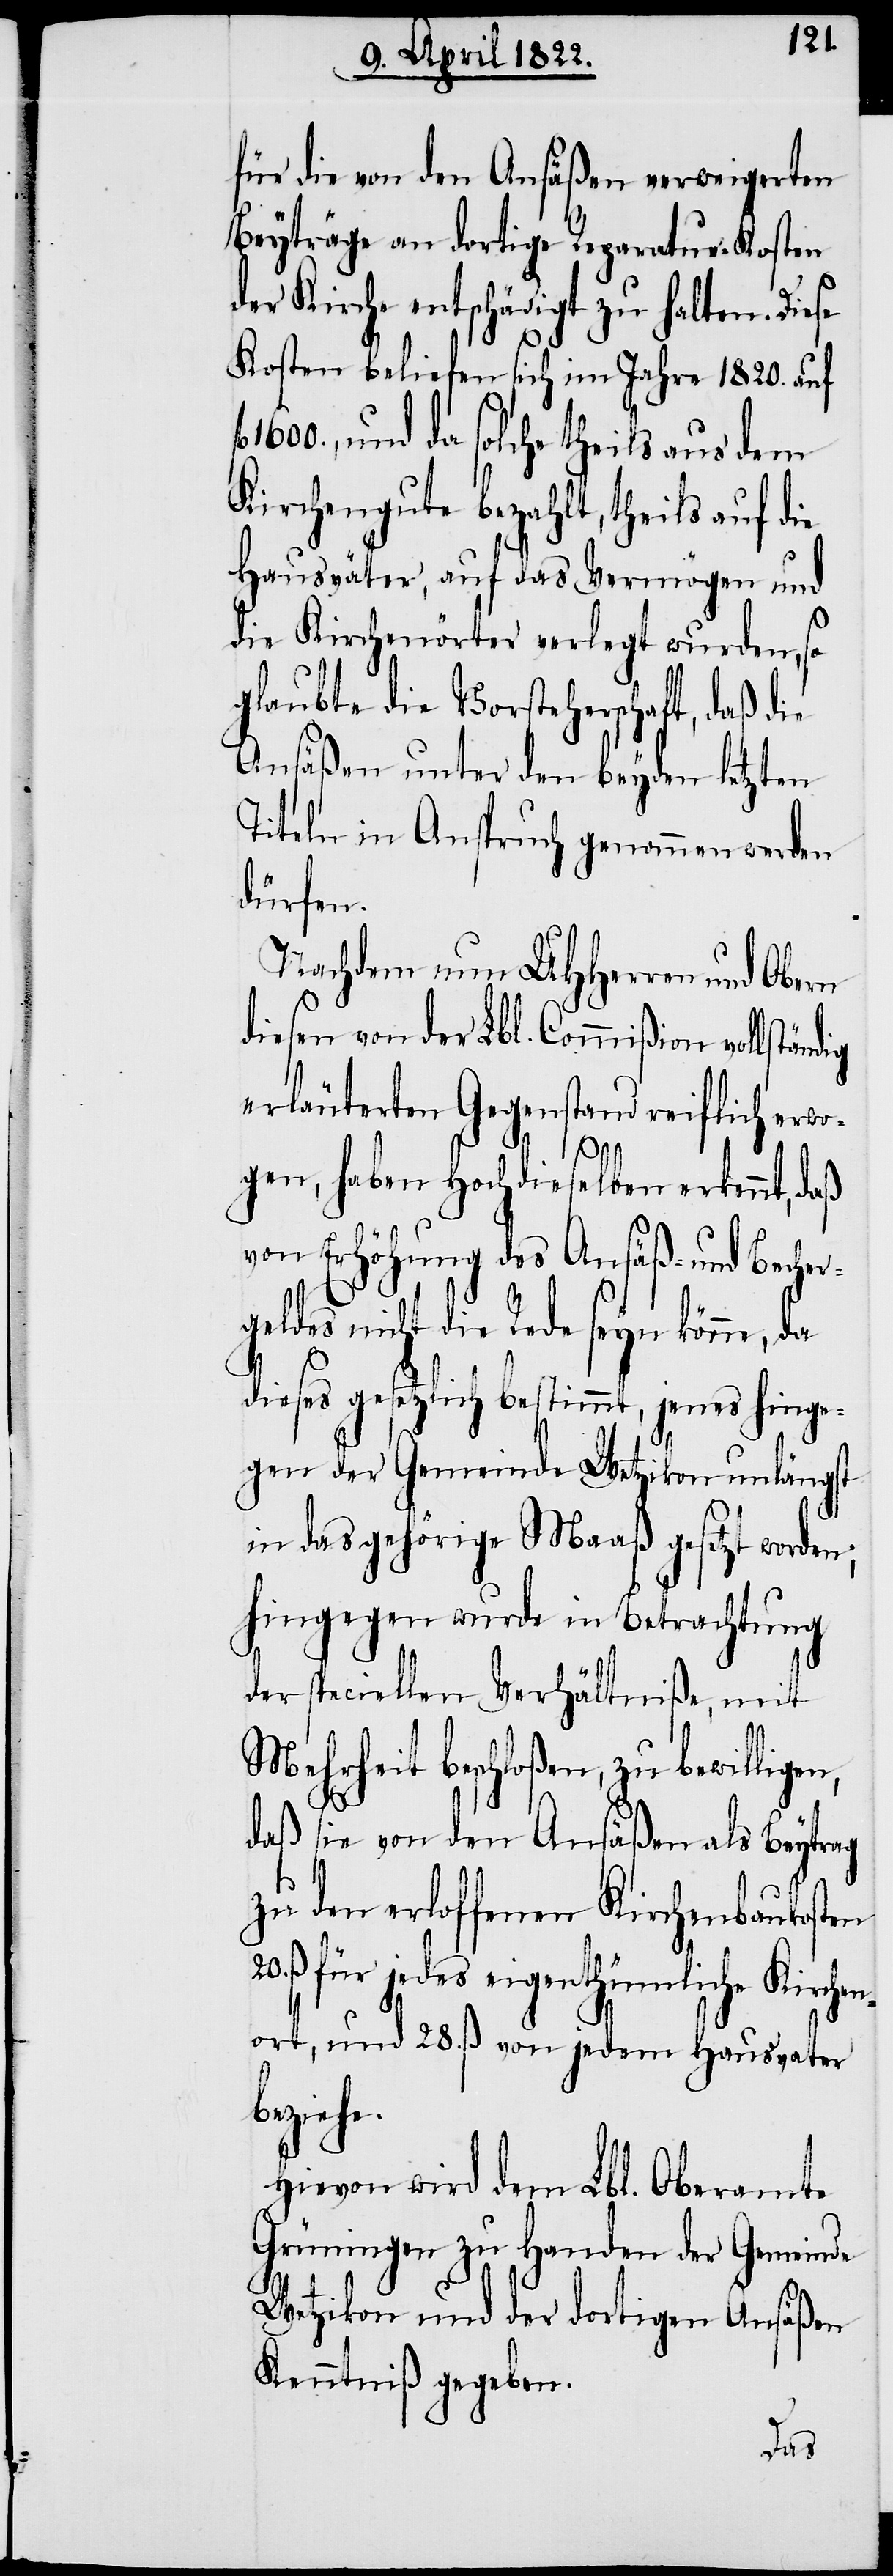
e.
für die von den Ansäßen verweigerten
Beyträge an dortige Reparatur-Kosten
der Kirche entschädigt zu halten. Diese
Kosten beliefen sich im Jahre 1820. auf
1600., und da solche theils aus dem
Kirchengute bezahlt, theils auf die
Hausväter, auf das Vermögen und
die Kirchenörter verlegt wurden, so
glaubte die Vorsteherschaft, daß die
Ansäßen unter den beyden letzten
Titeln in Anspruch genommen werden
dürfen.
Nachdem nun UHHerren und Obern
diesen von der Lbl. Commißion vollstän¬
erläuterten Gegenstand reiflich erwo¬
gen, haben Hochdieselben erkennt,
von Erhöhung des Ansäß- und Becher¬
geldes nicht die Rede seyn könne, da
dieses gesetzlich bestimmt, jenes hinge¬
gen der Gemeinde Wetzikon unlängst
in das gehörige Maaß gesetzt worden;
Hingegen wurde in Betrachtung
der speciellen Verhältniße, mit
Mehrheit beschloßen, zu bewilligen,
daß sie von den Ansäßen als Beytrag
zu den erloffenen Kirchenbaukosten
ß für jedes eigenthümliche Kirche¬
nort, und 28. ß von jedem Hausvater
bezieh¬
Hievon wird dem Lbl. Oberamte
Grüningen zu Handen der Gemeinde
Wetzikon und der dortigen Ansäßen
Kenntniß gegeben.